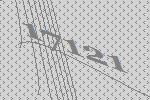
17121